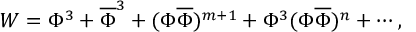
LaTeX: W = \Phi ^ { 3 } + \overline { { { \Phi } } } ^ { 3 } + ( \Phi \overline { { { \Phi } } } ) ^ { m + 1 } + \Phi ^ { 3 } ( \Phi \overline { { { \Phi } } } ) ^ { n } + \cdots ,